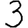
Digit: 3